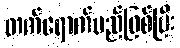
တက်ရောက်မည်ဖြစ်ပြီး